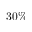
3 0 \%